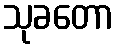
သုခတော